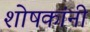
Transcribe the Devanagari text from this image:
शोषकांनी